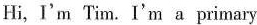
Hi,I'm Tim. I'm a primary